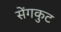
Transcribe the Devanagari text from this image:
सेंगकुट